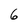
Character: 6